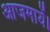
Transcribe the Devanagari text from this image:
आजमायें।